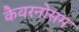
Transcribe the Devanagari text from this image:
कैवरनोसम